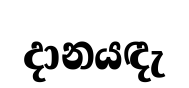
දානයඳැ